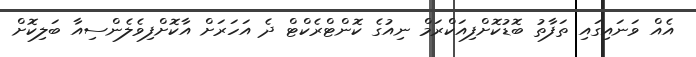
އެއް ވަނައިގައި ތަފާތު ބޮޑުކޮށްފިއަކްރަމް ނިއުގެ ކޮންޓްރެކްޓް ދެ އަހަރަށް އާކޮށްފިވެލެންސިއާ ބަލިކޮށް